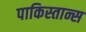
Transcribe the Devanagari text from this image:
पाकिस्तान्स